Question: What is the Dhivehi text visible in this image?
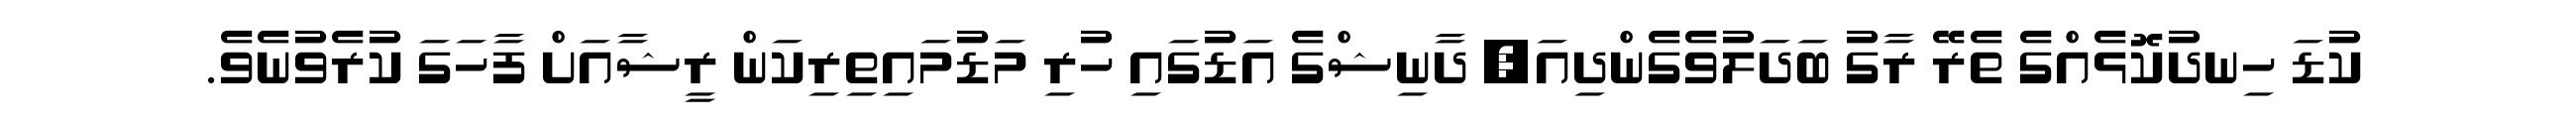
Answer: ކުޑަ ހިނދުކޮޅެއްގެ ތެރޭ ރާގު ބަދަލުވެގެންދިއަ, ދާނިޝްގެ އަޑުގައި ހުރި މަޑުމައިތިރިކަން ރީޝާއަށް ފާހަގަ ކުރެވުނެވެ.